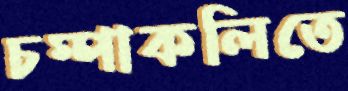
চম্পাকলিতে